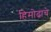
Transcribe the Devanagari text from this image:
हिमोढाचे